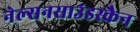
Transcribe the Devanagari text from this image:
नेल्सनसाउंडस्कैन